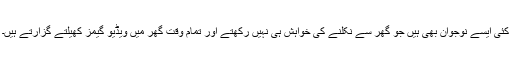
کئی ایسے نوجوان بھی ہیں جو گھر سے نکلنے کی خواہش ہی نہیں رکھتے اور تمام وقت گھر میں ویڈیو گیمز کھیلتے گزارتے ہیں۔